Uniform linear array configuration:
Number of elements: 12
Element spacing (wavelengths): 1
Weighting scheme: blackman
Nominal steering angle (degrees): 0
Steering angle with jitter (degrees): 0.528
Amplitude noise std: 0.05
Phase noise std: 0.05

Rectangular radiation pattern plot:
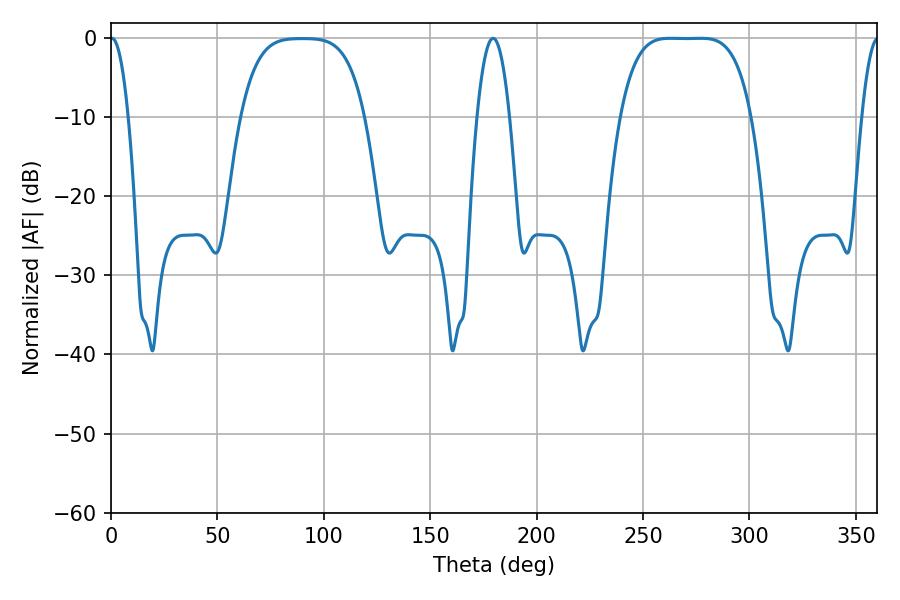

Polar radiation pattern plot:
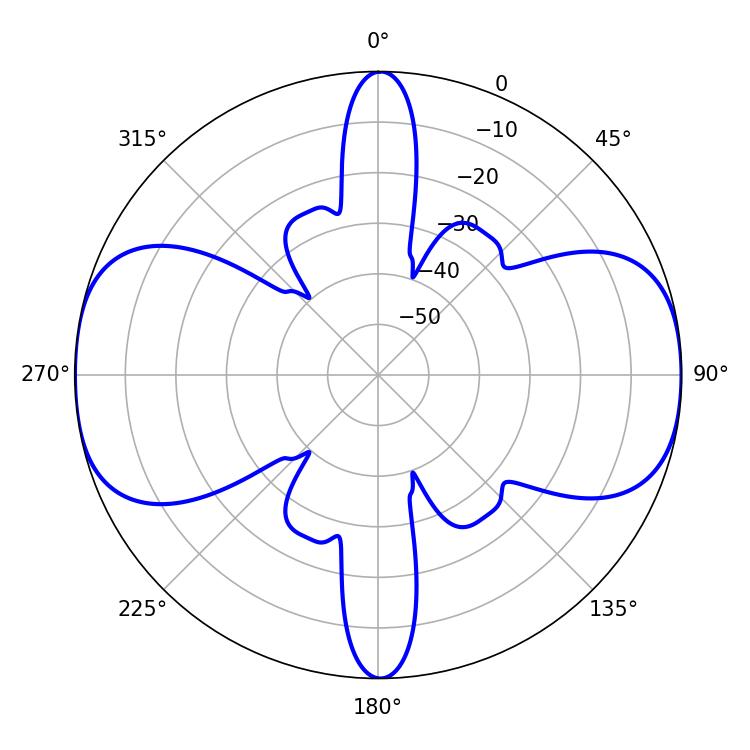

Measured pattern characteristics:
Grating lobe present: TRUE
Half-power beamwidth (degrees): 46.8
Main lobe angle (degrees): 262.8